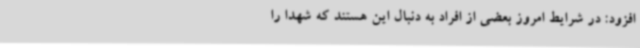
افزود: در شرایط امروز بعضی از افراد به دنبال این هستند که شهدا را